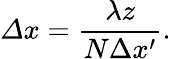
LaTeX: \mathit{\Delta}x=\frac{\lambda z}{N\Delta x^{\prime}}.